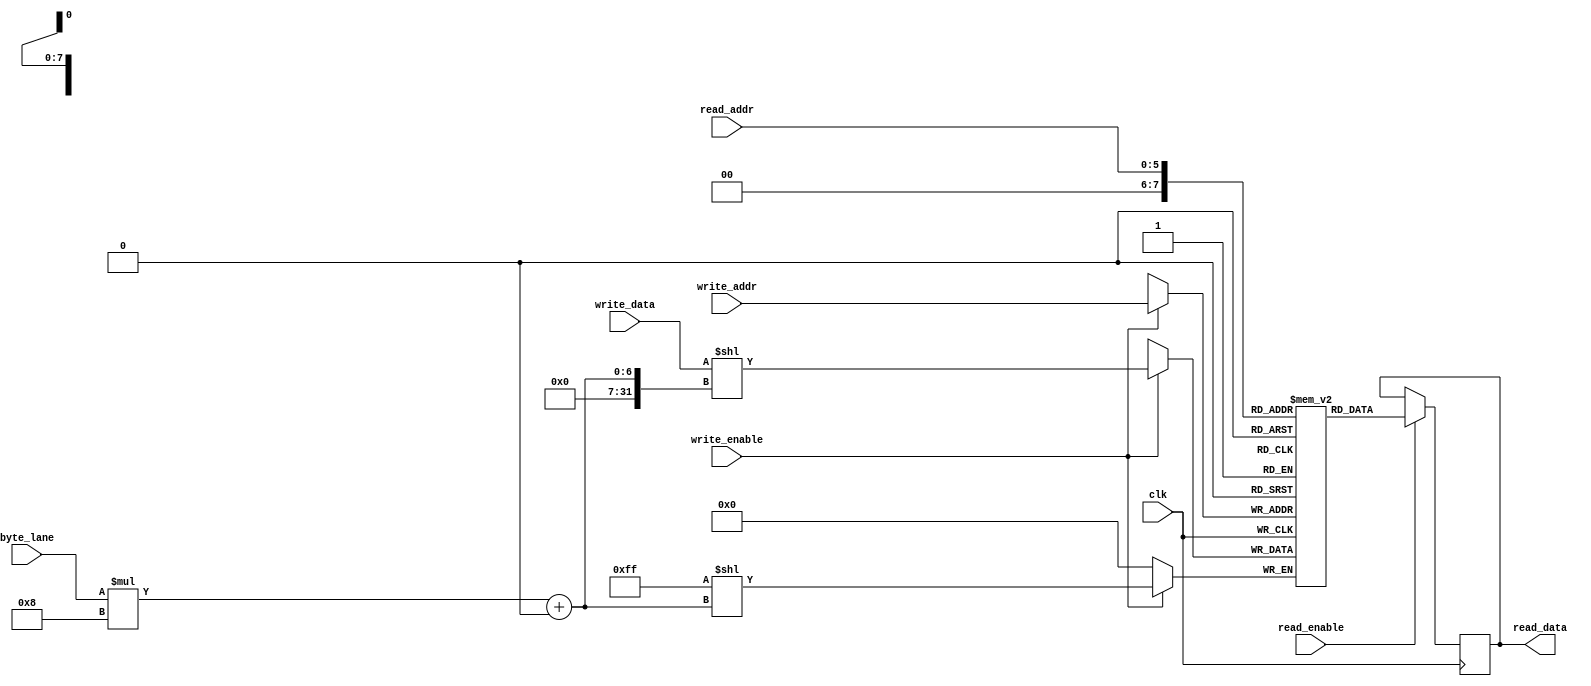
module asym_ram_sdp_wide_sync_read_via_part_selection (
input clk, write_enable, read_enable,
input [1:0] byte_lane,
input [7:0] write_addr,
input [5:0] read_addr,
input [7:0] write_data,
output reg [31:0] read_data=0
);
reg [31:0] mem [255:0];

always @(posedge clk) begin
  if (write_enable)
      mem[write_addr][byte_lane * 8 +: 8] <= write_data;
  if (read_enable)
      read_data <= mem[read_addr];
end
endmodule